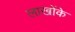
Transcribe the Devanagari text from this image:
लाखोंके